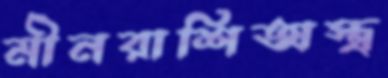
মীনরাশিঅস্ত্র